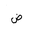
Letter: _dad